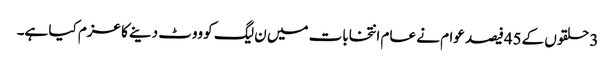
3 حلقوں کے45فیصد عوام نے عام انتخابات میں ن لیگ کو ووٹ دینے کا عزم کیا ہے۔